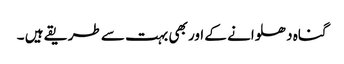
گناہ دھلوانے کے اور بھی بہت سے طریقے ہیں ۔